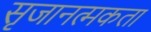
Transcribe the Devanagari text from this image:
सृजानत्मकता